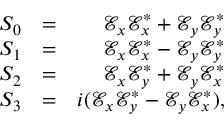
\begin{array} { r l r } { S _ { 0 } } & { = } & { \mathcal { E } _ { x } \mathcal { E } _ { x } ^ { * } + \mathcal { E } _ { y } \mathcal { E } _ { y } ^ { * } } \\ { S _ { 1 } } & { = } & { \mathcal { E } _ { x } \mathcal { E } _ { x } ^ { * } - \mathcal { E } _ { y } \mathcal { E } _ { y } ^ { * } } \\ { S _ { 2 } } & { = } & { \mathcal { E } _ { x } \mathcal { E } _ { y } ^ { * } + \mathcal { E } _ { y } \mathcal { E } _ { x } ^ { * } } \\ { S _ { 3 } } & { = } & { i ( \mathcal { E } _ { x } \mathcal { E } _ { y } ^ { * } - \mathcal { E } _ { y } \mathcal { E } _ { x } ^ { * } ) , } \end{array}